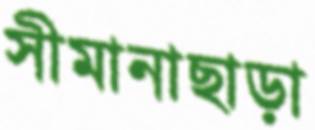
সীমানাছাড়া